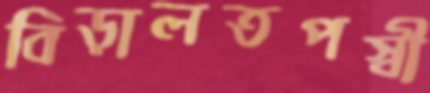
বিড়ালতপস্বী